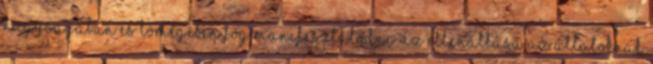
nagyságában és tömegében fog manifesztálódni. Az ellenállása az állatoknak